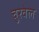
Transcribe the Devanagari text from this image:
चुरवेल